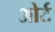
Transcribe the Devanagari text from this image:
ओर्ट